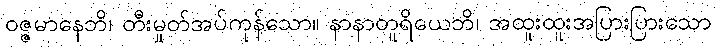
ဝဇ္ဇမာနေဘိ၊ တီးမှုတ်အပ်ကုန်သော။ နာနာတူရိယေဘိ၊ အထူးထူးအပြားပြားသော